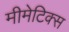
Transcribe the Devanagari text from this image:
मीमेटिक्स